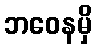
ဘဝေနမှိ